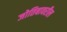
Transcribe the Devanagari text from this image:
जोतिबावरील